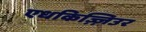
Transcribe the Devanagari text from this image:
एधकिज़्ज़िउर